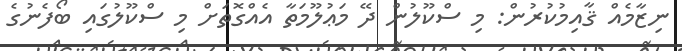
ނިޒާމެއް ޤާއިމުކުރުން: މި ސްކޫލުން ދޭ މަޢުލޫމަތާ އެއްގޮތަށް މި ސްކޫލުގައި ބޯފެނުގެ